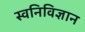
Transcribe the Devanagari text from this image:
स्वनिविज्ञान